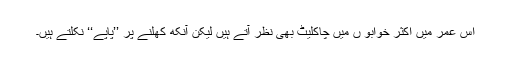
اِس عمر میں اکثر خوابو ں میں چاکلیٹ بھی نظر آتے ہیں لیکن آنکھ کھلنے پر ’’پاپے‘‘ نکلتے ہیں۔